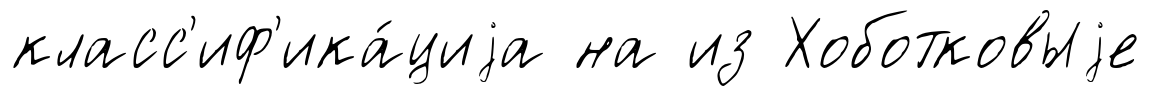
класс'иф'ика́циjа на из Хоботковыjе